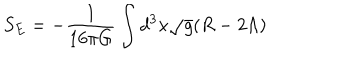
LaTeX: S _ { E } = - \frac { 1 } { 1 6 \pi G } \int d ^ { 3 } x \sqrt { g } ( R - 2 \Lambda )